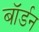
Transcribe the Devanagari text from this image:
बॉर्डन